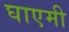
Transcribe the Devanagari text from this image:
घाएमी